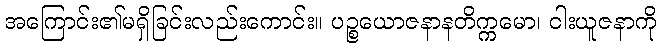
အကြောင်း၏မရှိခြင်းလည်းကောင်း။ ပဉ္စယောဇနာနတိက္ကမော၊ ငါးယူဇနာကို